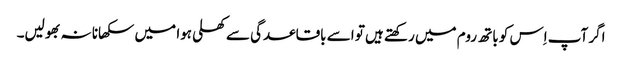
اگر آپ اِس کو باتھ روم میں رکھتے ہیں تو اسے باقاعدگی سے کھلی ہوا میں سکھانا نہ بھولیں۔